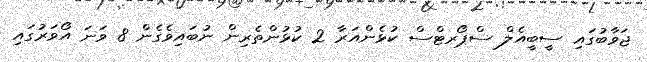
ޖަވާބުގައި ސީބީއެލް ސްޕޯރޓްސް ކުޅެންއަރާ 2 ކުޅުންތެރިން ނުބައިވެގެން 8 ވަނަ އޯވަރުގައި